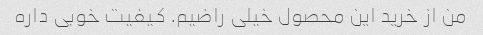
من از خرید این محصول خیلی راضیم. کیفیت خوبی داره